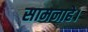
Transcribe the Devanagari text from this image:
सामनाहे।